Medical and sanitary report of the native army of Madras for the year
Year: 1872
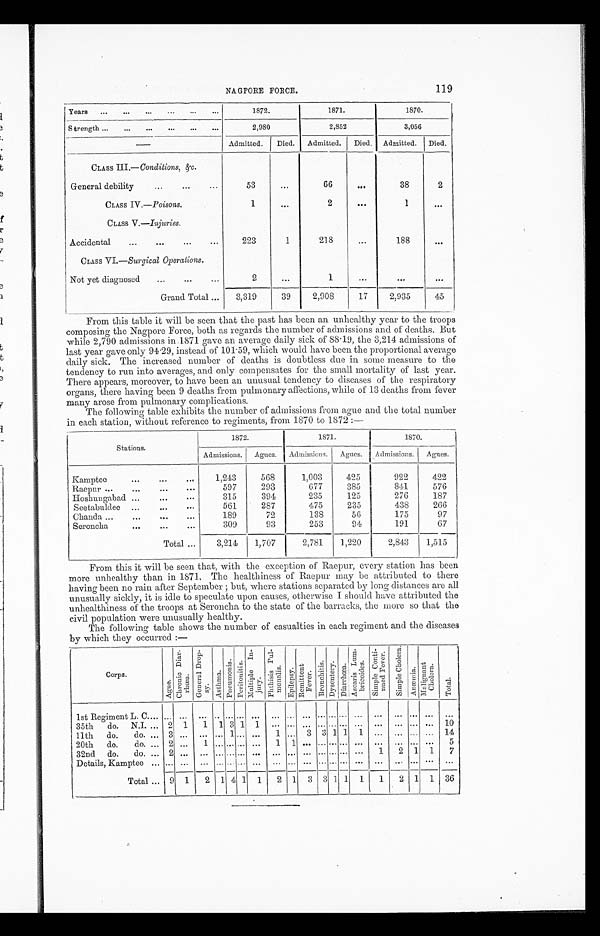
NAGPORE FORCE.
119
Y e a r s
1872.
1871.
1870.
Strength ...
...
...
.,.
...
...
2,980
2,852
3,056
--
—
Admitted. I Died.
Admitted. Died. Admitted. Died.
CLASS III.—Conditions, &c.
General debility
..
...
. . .
53
...
66
...
38
2
CLASS IV.—Poisons.
1
•••
2
•••
1
...
CLASS V.—Injuries.
Accidental
...
•••
•••
•• •
223
1
218
...
188
. . .
CLASS VI.—Surgical Operations.
Not yet diagnosed
...
...
...
2
...
1
...
. . .
...
Grand Total ...
3,319
39
2,908
17
2,935
45
From this table it will be seen that the past has been an unhealthy year to the troops
composing the Nagpore Force, both as regards the number of admissions and of deaths. But
while 2,790 admissions in 1871 gave an average daily sick of 88 . 19, the 3,214 admissions of
last year gave only 94 . 29, instead of 101 . 59, which would have been the proportional average
daily sick. The increased number of deaths is doubtless due in some measure to the
tendency to run into averages, and only— compensates for the small mortality of last year.
There appears, moreover, to have been an unusual tendency to diseases of the respiratory
organs, there having been 9 deaths from pulmonary affections, while of 13 deaths from fever
many arose from pulmonary complications.
The following table exhibits the number of admissions from ague and the total number
in each station, without reference to regiments, from 1870 to 1872 :—
Stations.
1872.
1871.
1870.
Admissions. Agues.
Admissions.
Agues.
Admissions.
Agues.
Kamptee
...
••.
1 , 2 4 3
568
1,003
425
922
422
Raepur ...
...
...
. . .
597
293
677
385
841
576
Hoshungabad ...
...
...
315
394
235
125
276
187
Seetabuldee ...
...
. . .
561
287
475
235
438
266
Chanda ...
...
..
...
189
72
138
56
175
97
Seroncha
-.
-.
.-
309
93
253
94
191
67
Total ...
3,214
1,707
2,781
1,220
2,843
1,515
From this it will be seen that, with the exception of Raepur, every station has been
more unhealthy than in 1871, The healthiness of Raepur may be attributed to there
having been no rain after September ; but, where stations separated by long distances are all
unusually sickly, it is idle to speculate upon causes, otherwise I should have attributed the
unhealthiness of the troops at Seroncha to the state of the barracks, the more so that the
civil population were unusually healthy.
The following table shows the number of casualties in each regiment and the diseases
by which they occurred :—
C o r p s
A g u e
C h r o n i c D i a r - h œ e G e n e r a l D r o p - s y
A s t t h m a
P u e u m o n i a
Peritonitis
Multiple in-jury
P h t h i s i s P u l - m o n a l i s
E p i l e p s y
R e m i t t e n t F e v e r
B r o n c h i t i s
D y s e n t e r y
D i a r r h o e a
A s c a r i s L u m - b r i c o i d e s
S i m p l e C o n t i n u e d F e v e r
S i m p l e C h o l e r a
A h æ m i a .
M a l i g h a n t C h o l e r a
T o t a l
1st Regiment L. C....
35th
do.
N.I. ...
...
2
. ..
1
...
1 . . . 1
•••
3
•••
1
...
1
•••
...
• • •
•.
...
...
•••
...
•••
...
• • •
...
•••
...
...
...
•••
...
•••
...
...
...
...
10
11th
do.
3
1
1 ... 3 3 1 1 1 ...
... ... ... 14
20th
do do. ... 2 ...
1 ... ... ... ...
5
3 2 n d d o . d o . 2
1
2 1 1
7
D etail s, Kamptee
... ... ...
... ..... ... ...
... ... ... ...
•••
...
..• ••• ...
...
Total ... 9 1
2 1
---
4 1 1
2 1 3 3 1 1 1
1
2 1 1 36